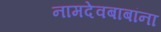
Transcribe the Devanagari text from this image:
नामदेवबाबांना